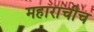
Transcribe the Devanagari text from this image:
महाराचीच